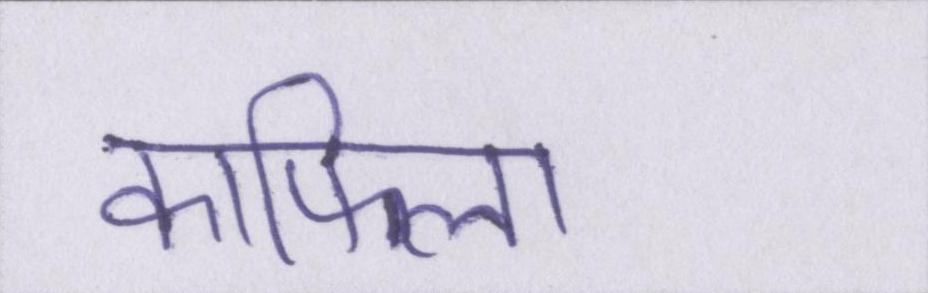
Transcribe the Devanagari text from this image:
काफिला